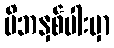
မိဘနှစ်ပါးမှာ